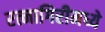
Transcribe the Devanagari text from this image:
रत्नागिरीमध्ये